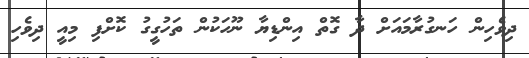
ދިވެހިން ހަނގުރާމައަށް ދާ ގޮތް އިންޑިޔާ ނޫހަކުން ތަހުގީގު ކޮށްފި މިއީ ދިވެހި